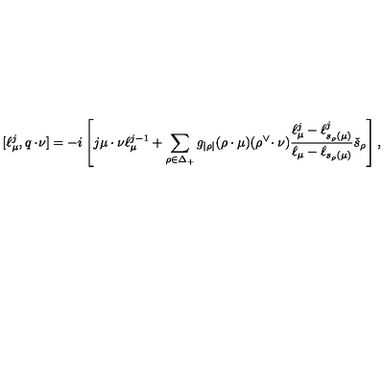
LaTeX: [ \ell _ { \mu } ^ { j } , q \cdot \! \nu ] = - i \left[ j \mu \cdot \nu \ell _ { \mu } ^ { j - 1 } + \sum _ { \rho \in \Delta _ { + } } g _ { | \rho | } ( \rho \cdot \mu ) ( \rho ^ { \vee } \! \cdot \nu ) \frac { \ell _ { \mu } ^ { j } - \ell _ { s _ { \rho } ( \mu ) } ^ { j } } { \ell _ { \mu } - \ell _ { s _ { \rho } ( \mu ) } } \check { s } _ { \rho } \right] ,